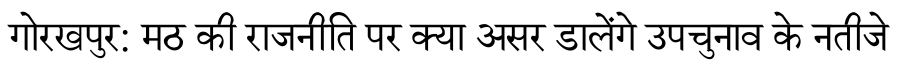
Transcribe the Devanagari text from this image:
गोरखपुर: मठ की राजनीति पर क्या असर डालेंगे उपचुनाव के नतीजे